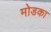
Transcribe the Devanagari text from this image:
मोडका